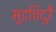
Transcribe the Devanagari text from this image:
मुडविदुरै